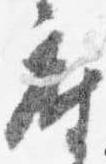
座